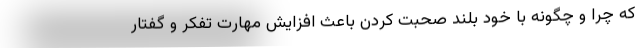
که چرا و چگونه با خودْ بلند صحبت کردن باعث افزایش مهارت تفکر و گفتار